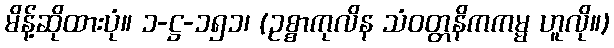
မိန့်ဆိုထားပုံ။ ၁-ဋ္ဌ-၁၅၁၊ (ဥစ္စာကုလိန သံဝတ္တနိကကမ္မ ဟူလို။)